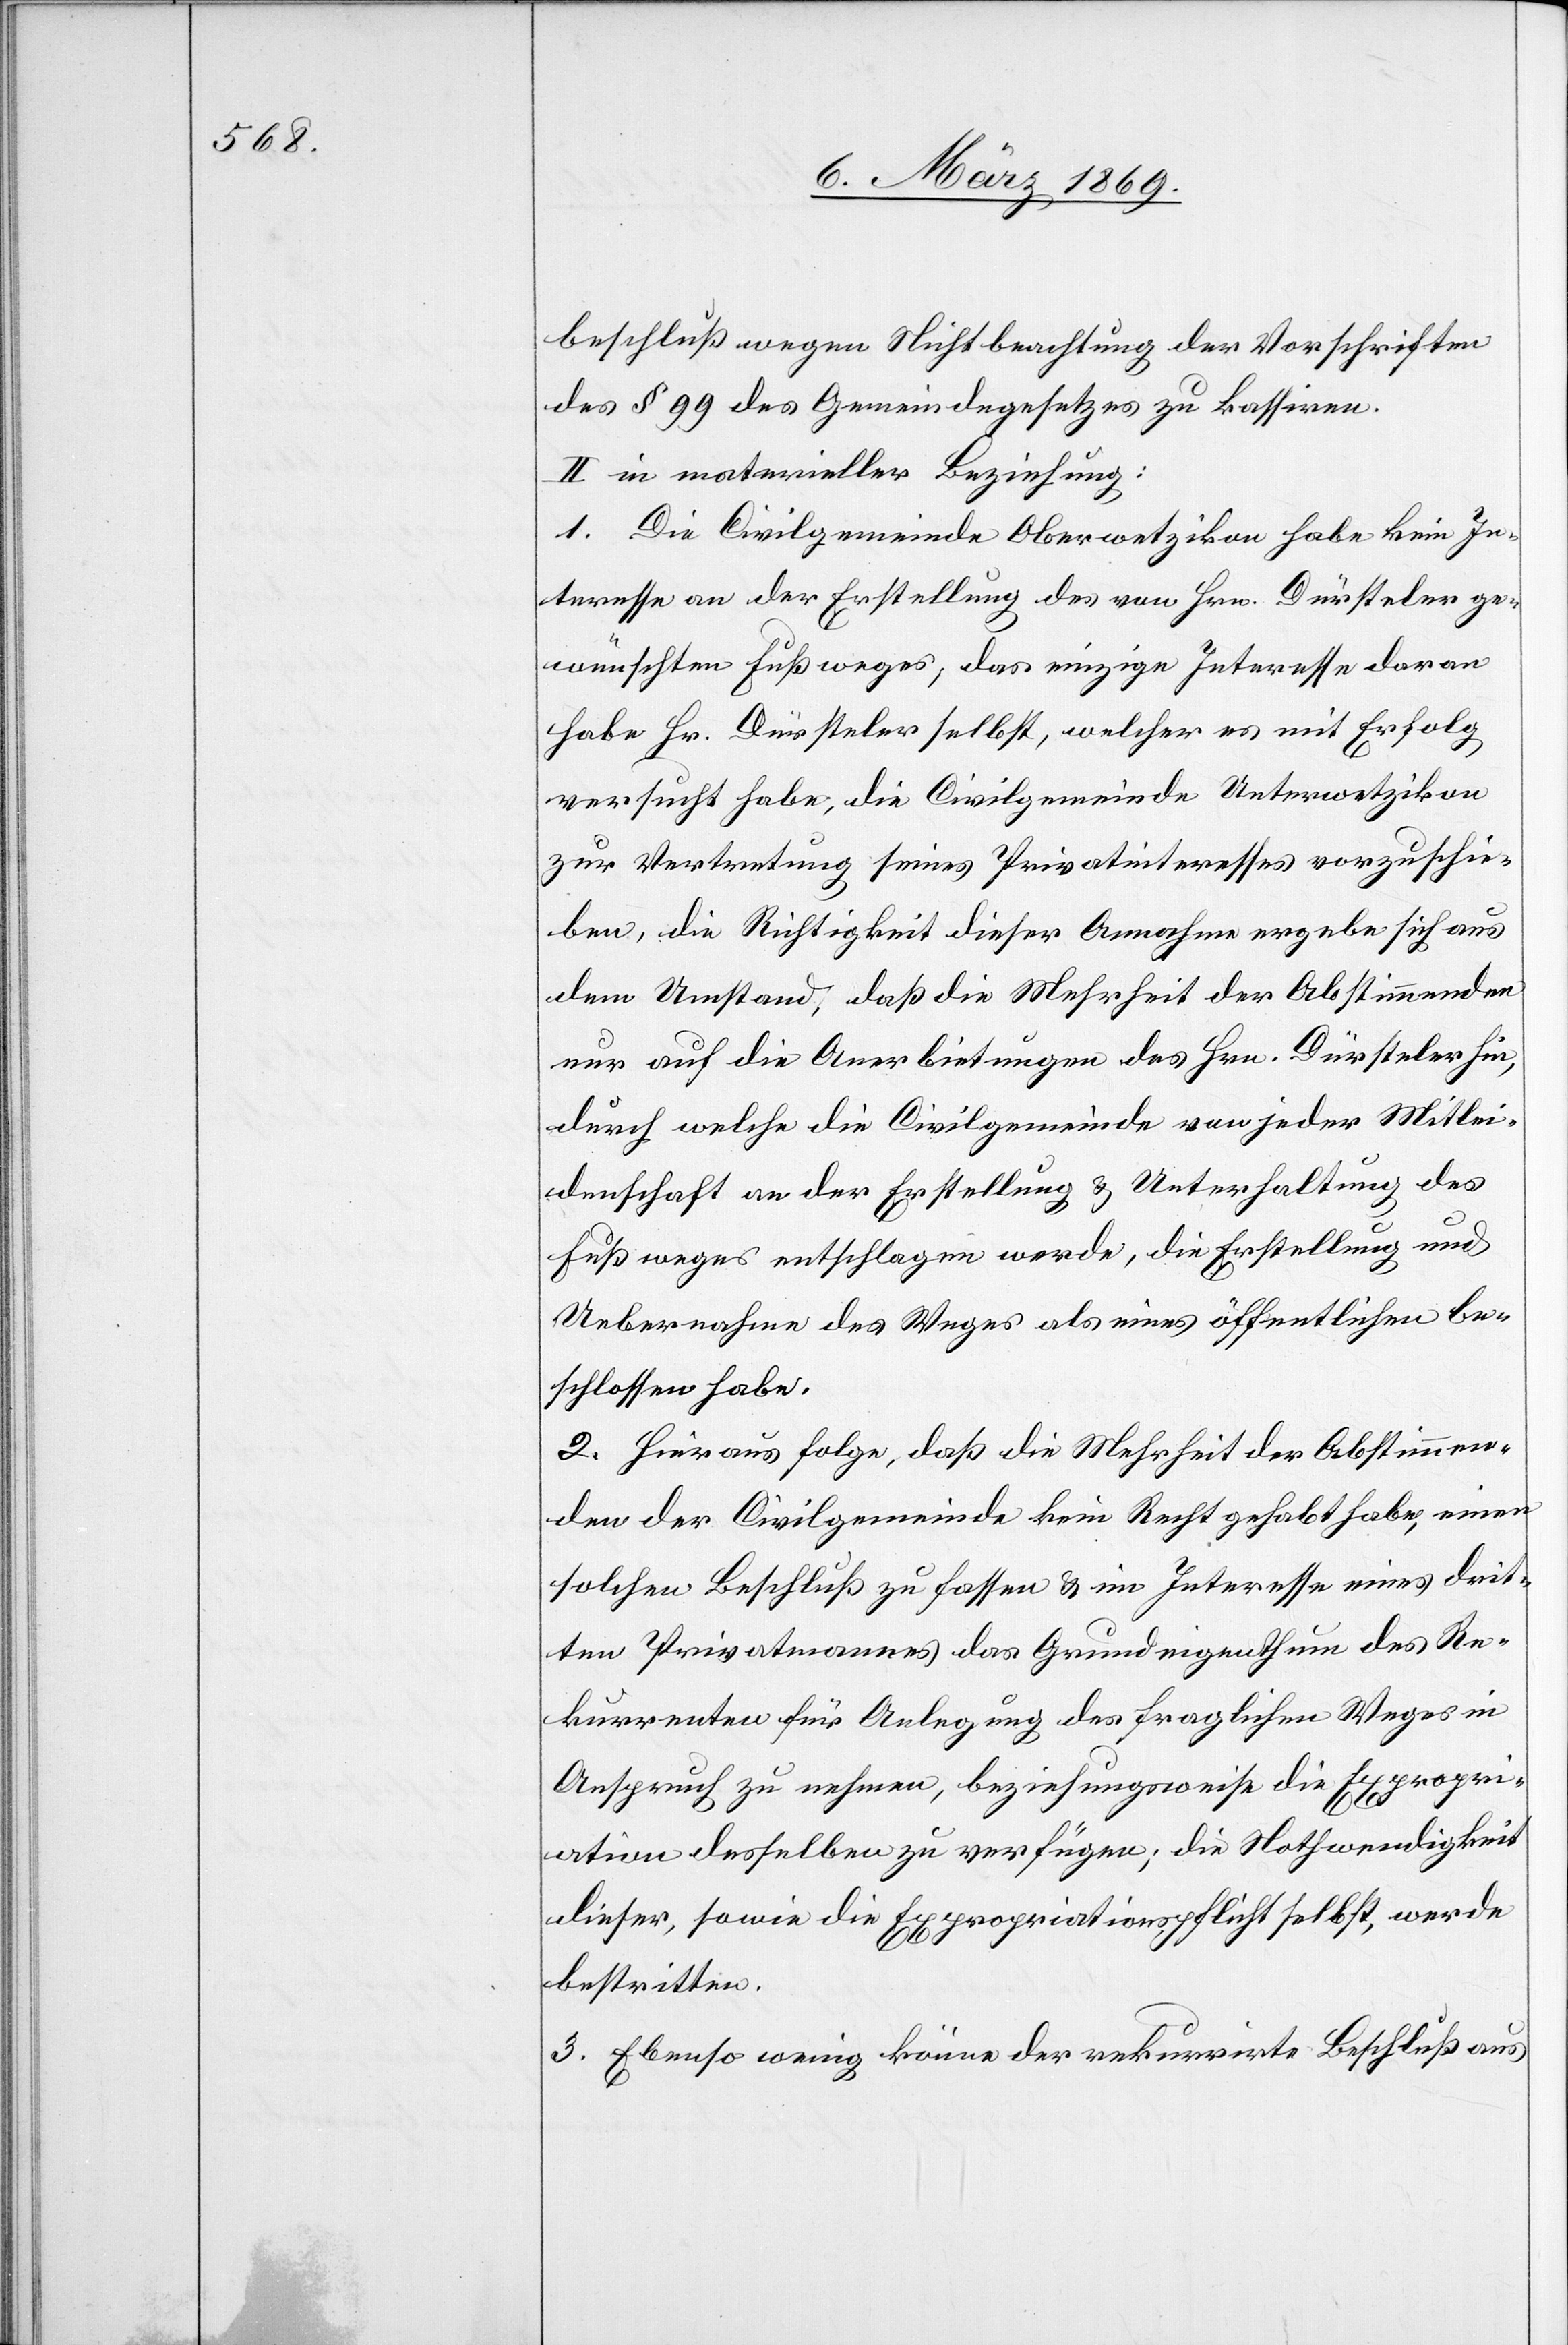
beschluß wegen Nichtbeachtung der Vorschriften
des § 99 des Gemeindegesetzes zu kassiren.
II. in materieller Beziehung:
1. Die Civilgemeinde Oberwetzikon habe kein In¬
teresse an der Erstellung des von Hrn. Dürsteler ge¬
wünschten Fußweges; das einzige Interesse daran
habe Hr. Dürsteler selbst, welcher es mit Erfolg
versucht habe, die Civilgemeinde Unterwetzikon
zur Vertretung seines Privatinteresses vorzuschie¬
ben, die Richtigkeit dieser Annahme ergebe sich aus
dem Umstand, daß die Mehrheit der Abstimmenden
nur auf die Anerbietungen des Hrn. Dürsteler hin,
durch welche die Civilgemeinde von jeder Mitlei¬
denschaft an der Erstellung & Unterhaltung des
Fußweges entschlagen werde, die Erstellung und
Uebernahme des Weges als eines öffentlichen be¬
schlossen habe.
2. Hieraus folge, daß die Mehrheit der Abstimmen¬
den der Civilgemeinde kein Recht gehabt habe, einen
solchen Beschluß zu fassen & im Interesse eines drit¬
ten Privatmannes das Grundeigenthum des Re¬
kurrenten für Anlegung des fraglichen Weges in
Anspruch zu nehmen, beziehungsweise die Expropri¬
ation desselben zu verfügen; die Nothwendigkeit
dieser, sowie die Expropriationspflicht selbst, werde
bestritten.
3. Ebenso wenig könne der rekurrirte Beschluß aus